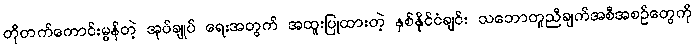
တိုတက်ကောင်းမွန်တဲ့ အုပ်ချုပ် ရေးအတွက် အထူးပြုထားတဲ့ နှစ်နိုင်ငံချင်း သဘောတူညီချက်အစီအစဉ်တွေကို